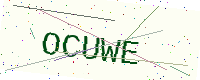
Text: OCUWE